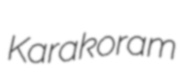
Karakoram